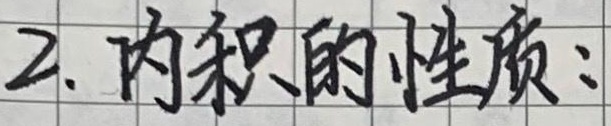
2. 内积的性质：